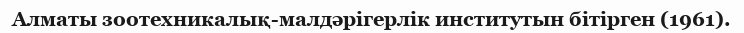
Алматы зоотехникалық-малдәрігерлік институтын бітірген (1961).